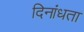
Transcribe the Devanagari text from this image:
दिनांधता